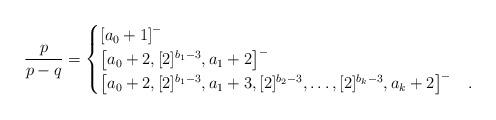
LaTeX: \begin{align*}\frac{p}{p-q}=\begin{cases}\left[a_0+1\right]^- &\\\left[a_0+2, [2]^{b_1-3}, a_1 + 2\right]^- &\\\left[a_0+2, [2]^{b_1-3}, a_1+3, [2]^{b_2-3}, \dots, [2]^{b_k-3}, a_k + 2\right]^- &.\end{cases}\end{align*}